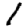
Digit: 1